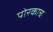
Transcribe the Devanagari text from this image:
पोरकाच